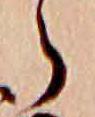
ら